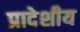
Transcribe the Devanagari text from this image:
प्रादेशीय